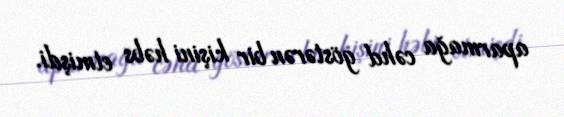
aparmağa cəhd göstərən bir kişini həbs etmişdi.